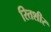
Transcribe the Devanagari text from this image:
रितशीर